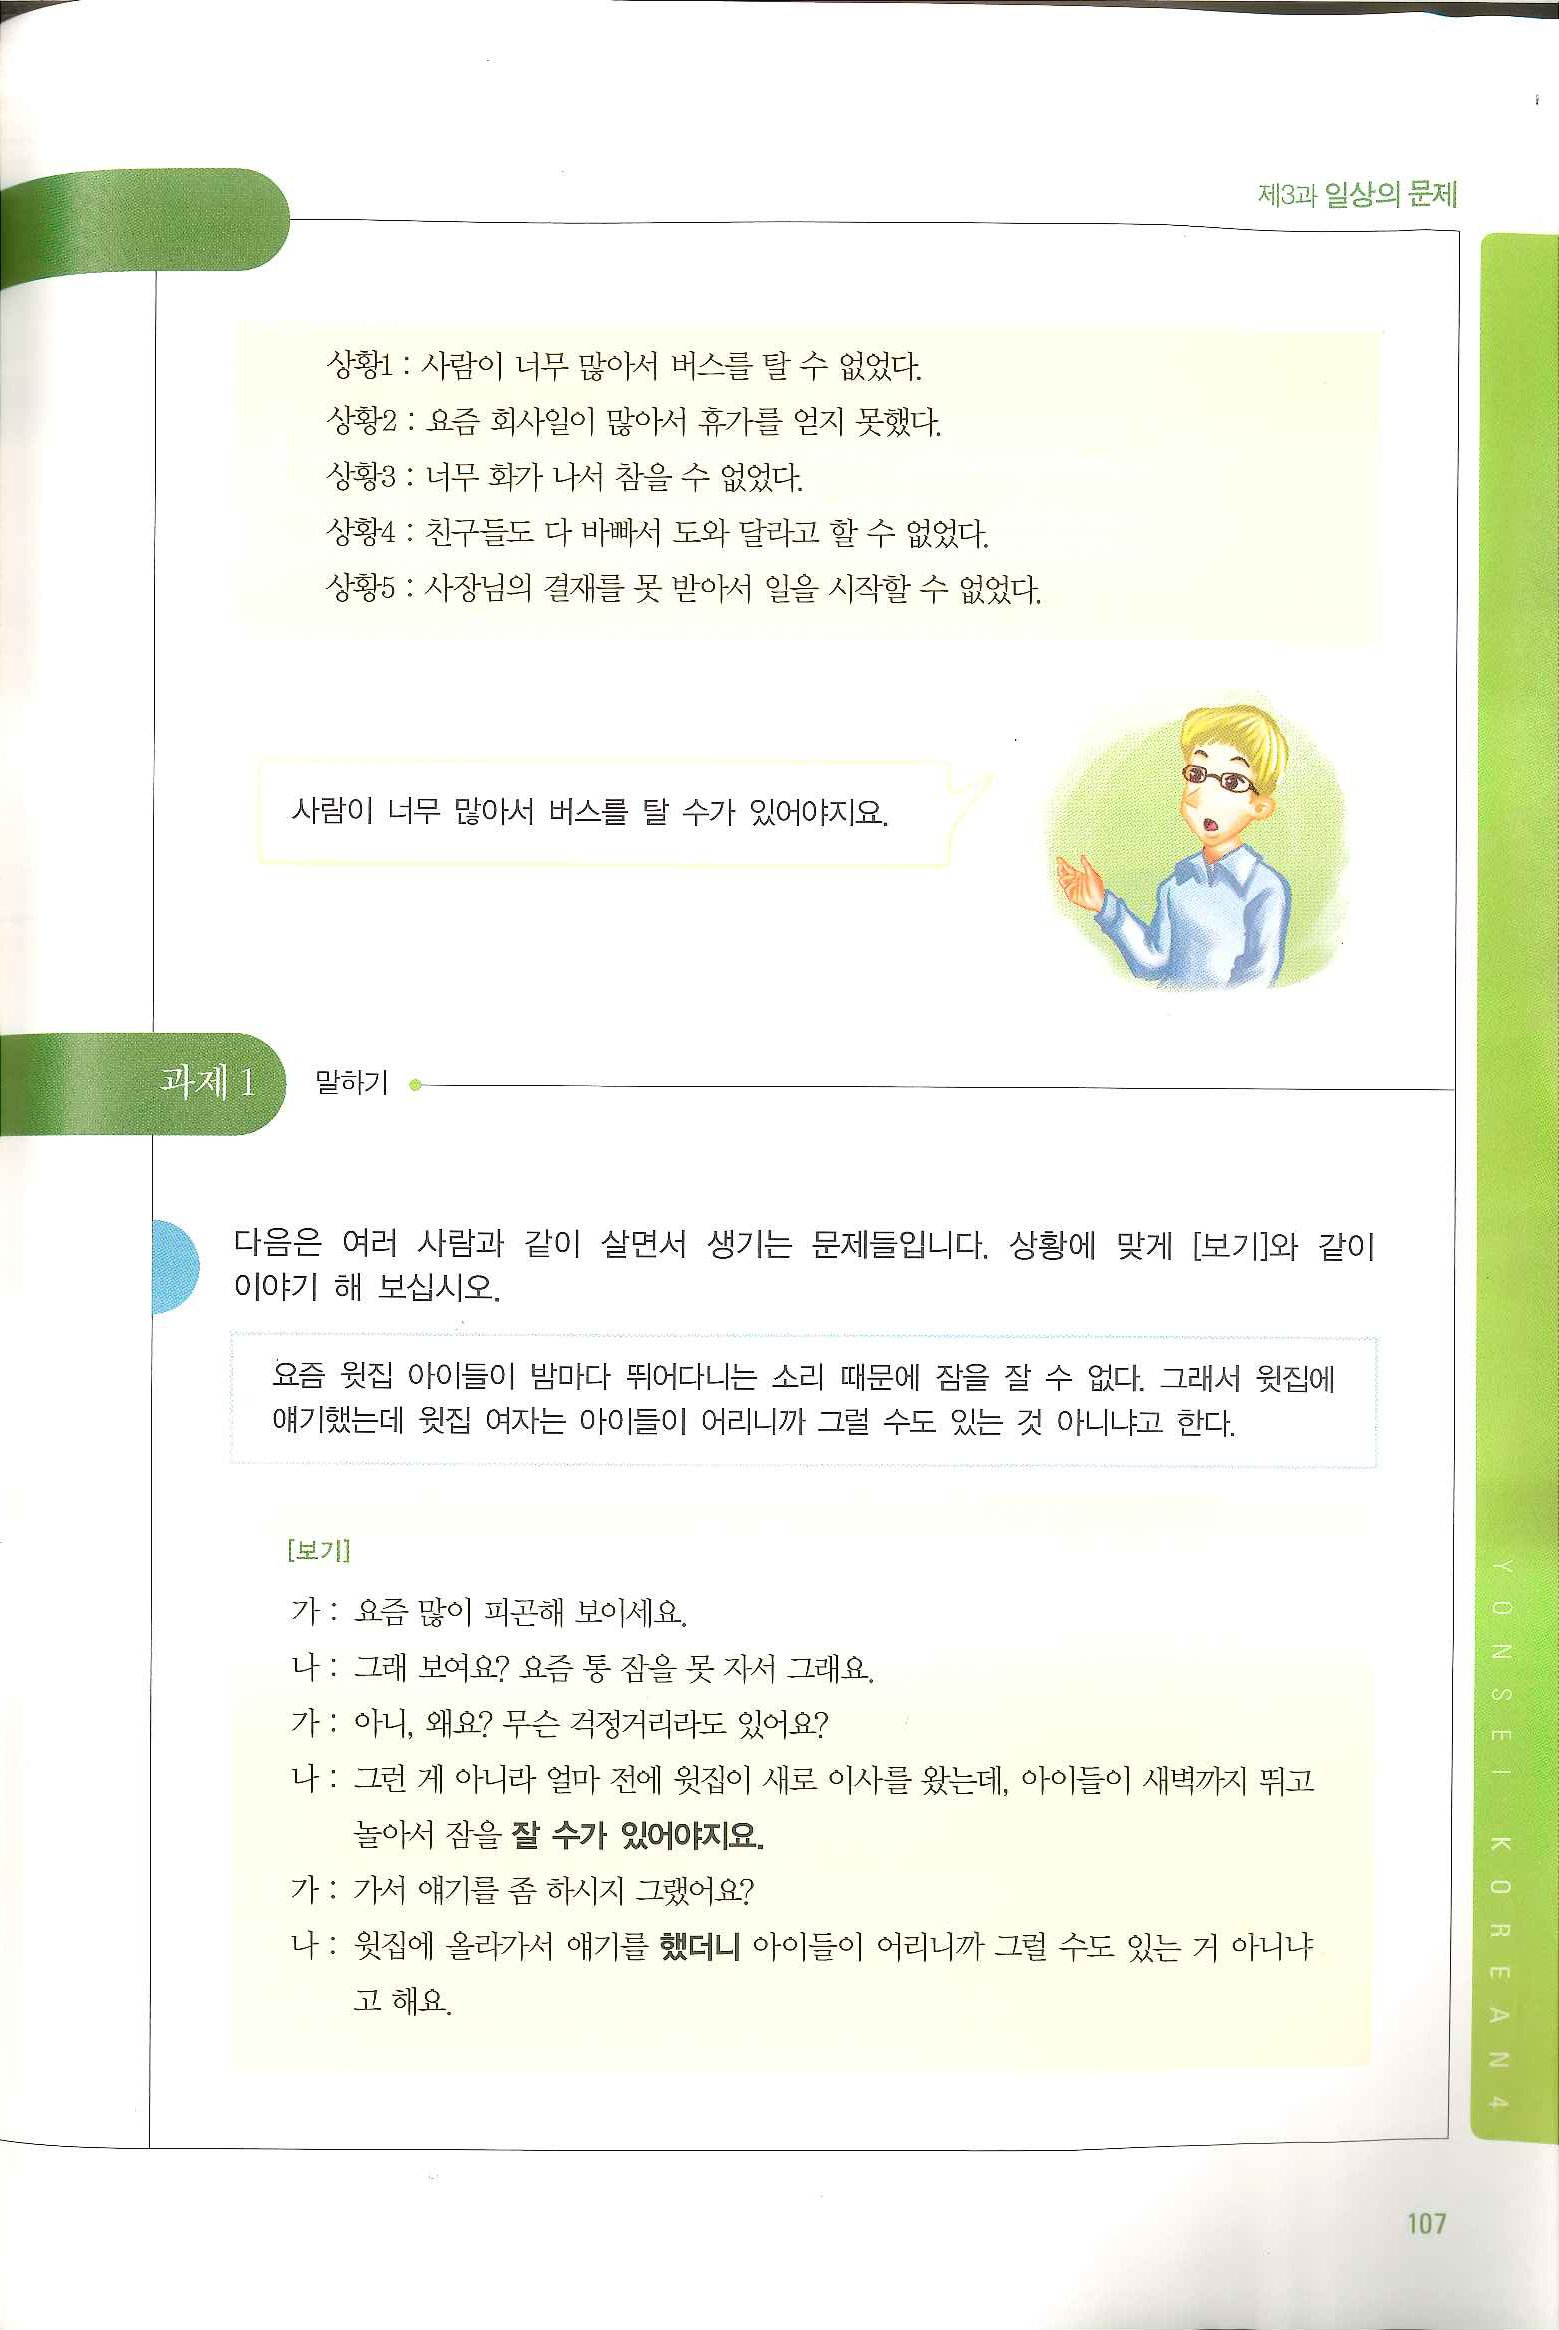
Language: ko